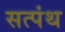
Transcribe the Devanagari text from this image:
सत्पंथ